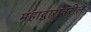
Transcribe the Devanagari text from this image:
महाद्वारावरील